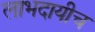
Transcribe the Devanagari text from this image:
लाभदायीच